Scottish Leaving Certificate Examination, 1958
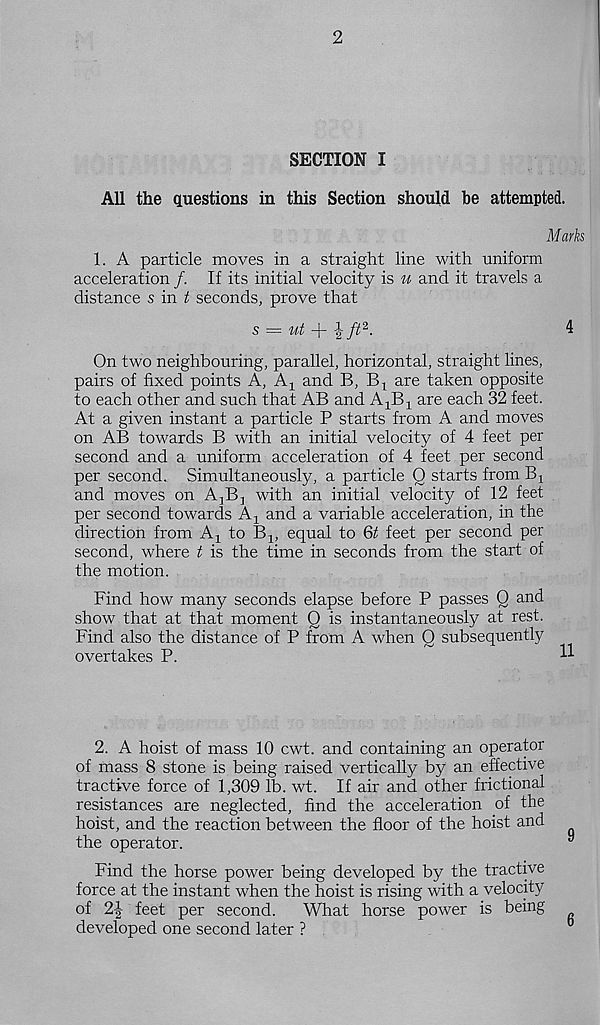
2
SECTION I
All the questions in this Section should be attempted.
Marks
1. A particle moves in a straight line with uniform
acceleration /. If its initial velocity is u and it travels a
distance s in t seconds, prove that
s = ut -\- f ft 2 .
4
On two neighbouring, parallel, horizontal, straight lines,
pairs of fixed points A, A x and B, B 1 are taken opposite
to each other and such that AB and AjB-l are each 32 feet.
At a given instant a particle P starts from A and moves
on AB towards B with an initial velocity of 4 feet per
second and a uniform acceleration of 4 feet per second
per second. Simultaneously, a particle 0 starts from B!
and moves on A^B-, with an initial velocity of 12 feet
per second towards Aj and a variable acceleration, in the
direction from A x to Bj^, equal to Qt feet per second per
second, where t is the time in seconds from the start of
the motion.
Find how many seconds elapse before P passes Q and
show that at that moment Q is instantaneously at rest.
Find also the distance of P from A when Q subsequently
overtakes P.
H
2. A hoist of mass 10 cwt. and containing an operator
of mass 8 stone is being raised vertically by an effective
tractive force of 1,309 lb. wt. If air and other frictional
resistances are neglected, find the acceleration of the
hoist, and the reaction between the floor of the hoist and
the operator.
Find the horse power being developed by the tractive
force at the instant when the hoist is rising with a velocity
of 2J feet per second.
What horse power is being
developed one second later ?